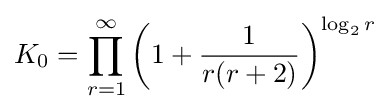
K_{0}=\prod _{r=1}^{\infty }{\left(1+{1 \over r(r+2)}\right)}^{\log _{2}r}